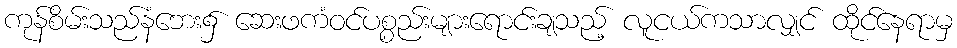
ကုန်စိမ်းသည်နံဘေး၌ ဆေးဖကံဝင်ပစ္စည်းများရောင်းချသည့် လူငယ်ကသာလျှင် ထိုင်နေရာမှ